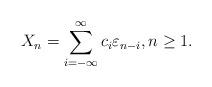
LaTeX: \begin{align*}X_n=\sum_{i=-\infty}^{\infty} c_i\varepsilon_{n-i},n\geq 1.\end{align*}